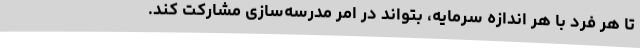
تا هر فرد با هر اندازه سرمایه، بتواند در امر مدرسه‌سازی مشارکت کند.